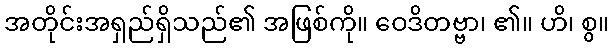
အတိုင်းအရှည်ရှိသည်၏ အဖြစ်ကို။ ဝေဒိတဗ္ဗာ၊ ၏။ ဟိ၊ စွ။